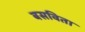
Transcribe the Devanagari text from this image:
बसविता